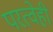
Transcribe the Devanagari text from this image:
परत्वेही